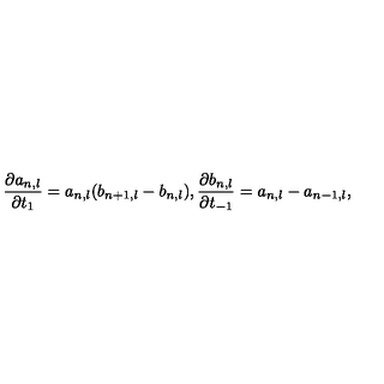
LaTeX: \frac { \partial a _ { n , l } } { \partial t _ { 1 } } = a _ { n , l } ( b _ { n + 1 , l } - b _ { n , l } ) , \frac { \partial b _ { n , l } } { \partial t _ { - 1 } } = a _ { n , l } - a _ { n - 1 , l } ,